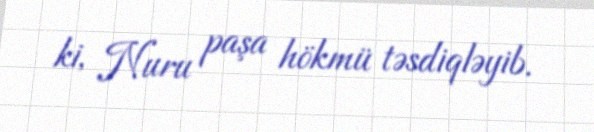
ki, Nuru paşa hökmü təsdiqləyib.